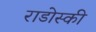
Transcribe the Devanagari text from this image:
राडोस्की